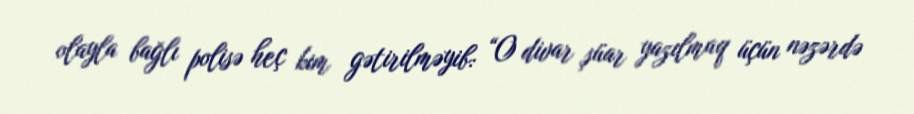
olayla bağlı polisə heç kim gətirilməyib: “O divar şüar yazılmaq üçün nəzərdə